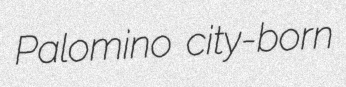
Palomino city-born